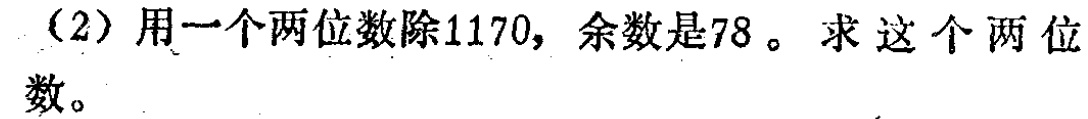
（2）用一个两位数除1170，余数是78。求这个两位数。